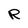
Character: R